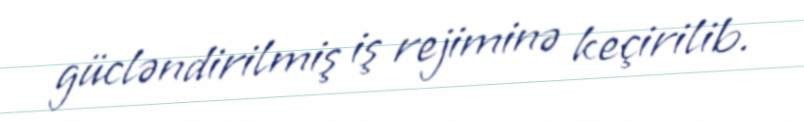
gücləndirilmiş iş rejiminə keçirilib.